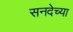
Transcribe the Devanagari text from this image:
सनदेच्या